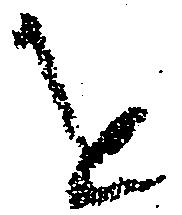
を